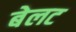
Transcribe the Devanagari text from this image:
बेलट